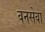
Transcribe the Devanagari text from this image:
वनसेवा